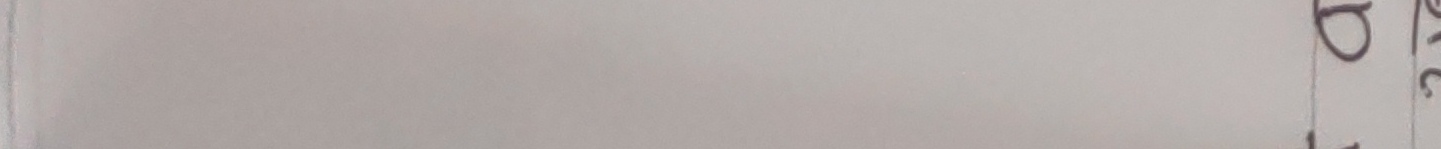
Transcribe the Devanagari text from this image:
हो